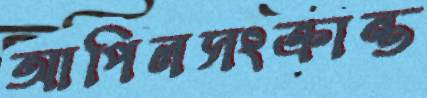
আপিলসংক্রান্ত